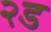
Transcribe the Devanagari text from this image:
२ड